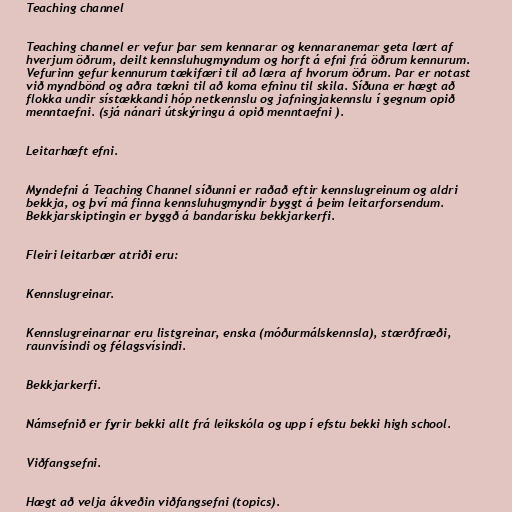
Teaching channel

Teaching channel er vefur þar sem kennarar og kennaranemar geta lært af
hverjum öðrum, deilt kennsluhugmyndum og horft á efni frá öðrum kennurum.
Vefurinn gefur kennurum tækifæri til að læra af hvorum öðrum. Þar er notast
við myndbönd og aðra tækni til að koma efninu til skila. Síðuna er hægt að
flokka undir sístækkandi hóp netkennslu og jafningjakennslu í gegnum opið
menntaefni. (sjá nánari útskýringu á opið menntaefni ).

Leitarhæft efni.

Myndefni á Teaching Channel síðunni er raðað eftir kennslugreinum og aldri
bekkja, og því má finna kennsluhugmyndir byggt á þeim leitarforsendum.
Bekkjarskiptingin er byggð á bandarísku bekkjarkerfi.

Fleiri leitarbær atriði eru:

Kennslugreinar.

Kennslugreinarnar eru listgreinar, enska (móðurmálskennsla), stærðfræði,
raunvísindi og félagsvísindi.

Bekkjarkerfi.

Námsefnið er fyrir bekki allt frá leikskóla og upp í efstu bekki high school.

Viðfangsefni.

Hægt að velja ákveðin viðfangsefni (topics).